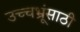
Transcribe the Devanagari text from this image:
उच्चभ्रूंसाठी